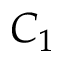
C _ { 1 }